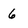
Character: 6